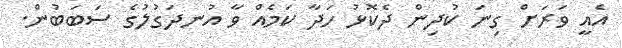
އެއީ ވަރަށް ގިނަ ކުދިން ދެކޮޅު ހަދާ ކަމެއް ވާ އުނދަގުލުގެ ސަބަބުން.